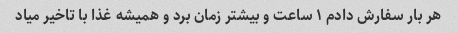
هر بار سفارش دادم ۱ ساعت و بیشتر زمان برد و همیشه غذا با تاخیر میاد